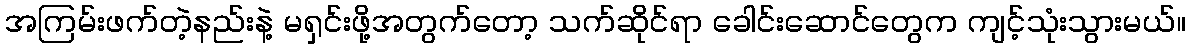
အကြမ်းဖက်တဲ့နည်းနဲ့ မရှင်းဖို့အတွက်တော့ သက်ဆိုင်ရာ ခေါင်းဆောင်တွေက ကျင့်သုံးသွားမယ်။